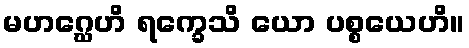
မဟဂ္ဃေဟိ ရက္ခေသိ ယော ပစ္စယေဟိ။